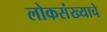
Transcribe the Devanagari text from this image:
लोकसंख्याचे